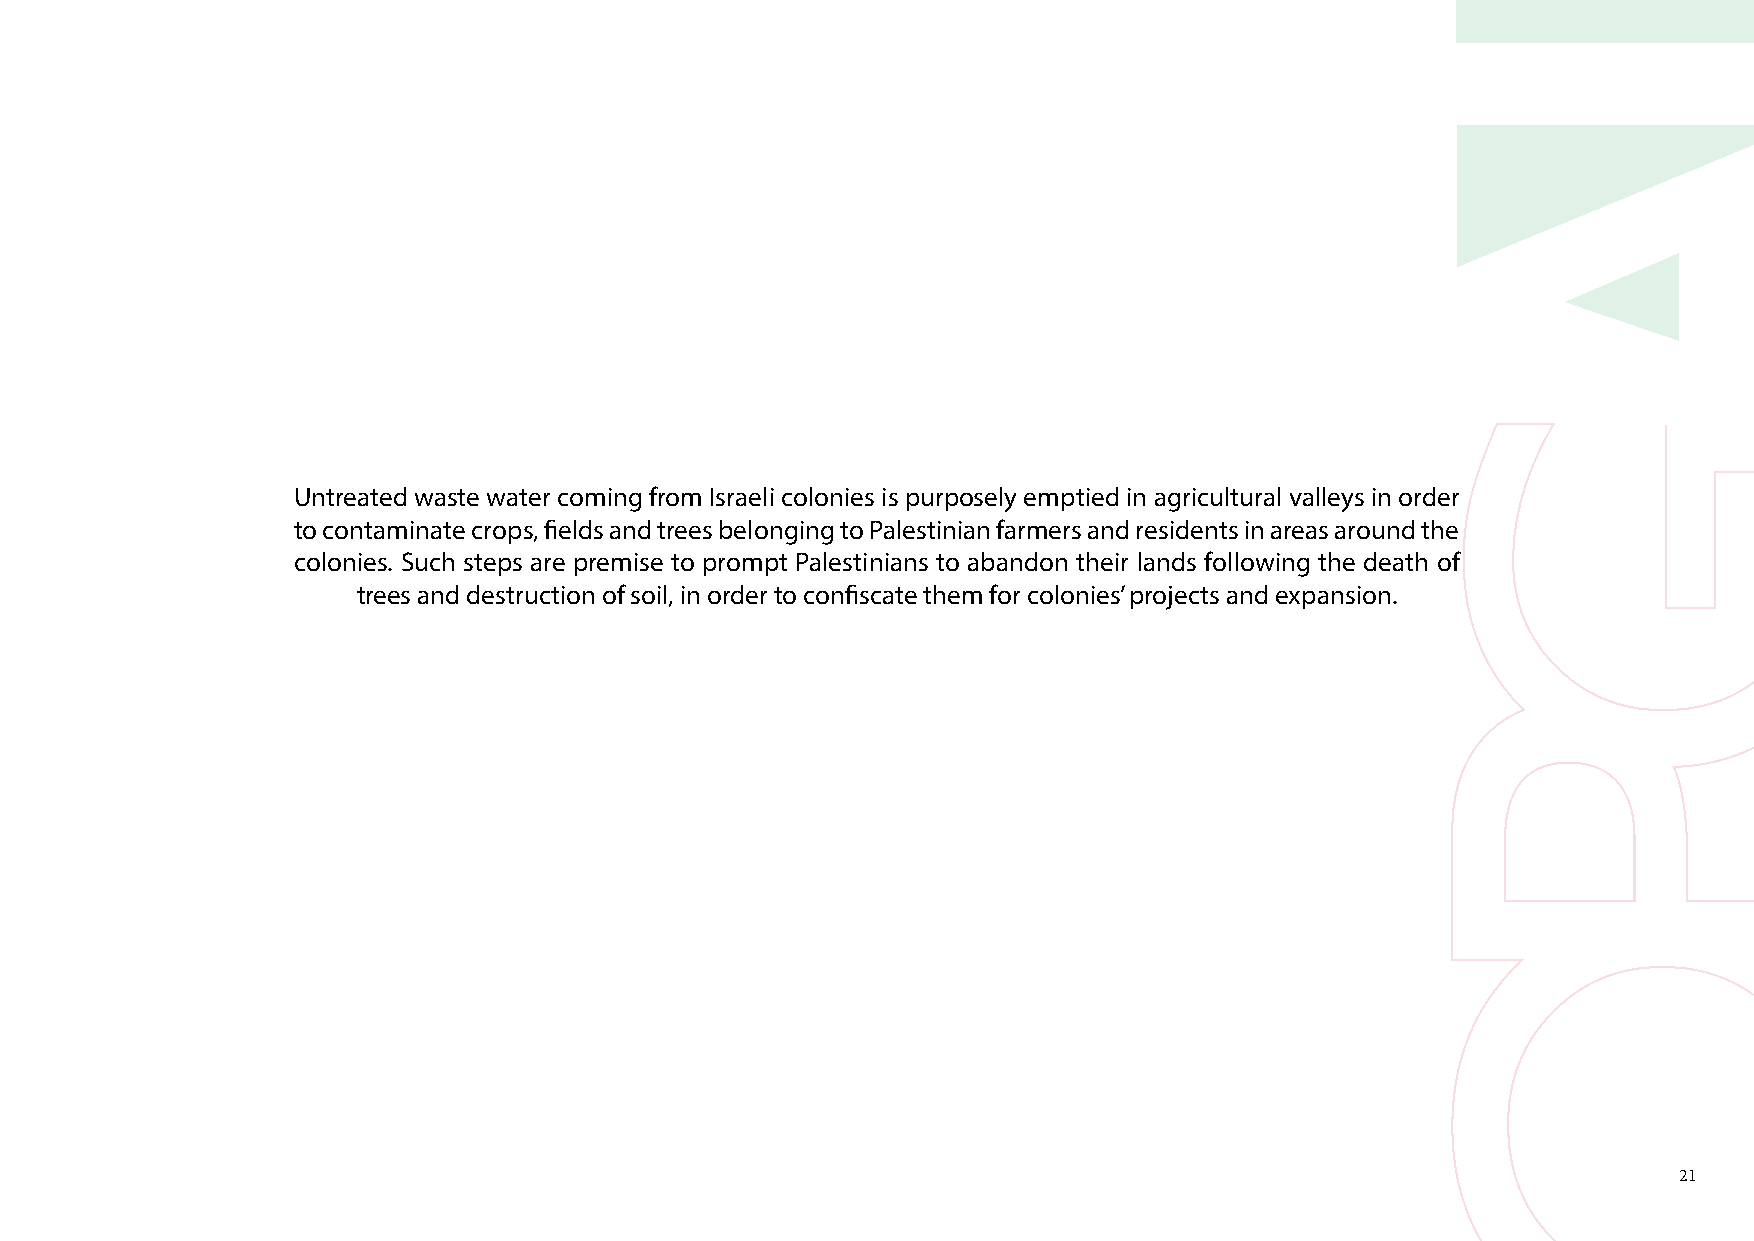
Untreated waste water coming from Israeli colonies is purposely emptied in agricultural valleys in order
 to contaminate crops, fields and trees belonging to Palestinian farmers and residents in areas around the
 colonies. Such steps are premise to prompt Palestinians to abandon their lands following the death of
 trees and destruction of soil, in order to confiscate them for colonies’ projects and expansion.
 21